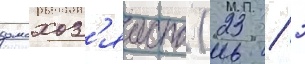
домохоз'яиств (23 / 3